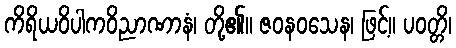
ကိရိယဝိပါကဝိညာဏာနံ၊ တို့၏။ ဇဝနဝသေန၊ ဖြင့်။ ပဝတ္တိ၊